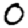
Digit: 0